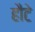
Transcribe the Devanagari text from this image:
हौटे